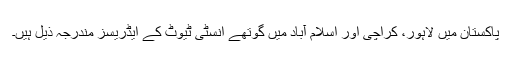
پاکستان میں لاہور، کراچی اور اسلام آباد میں گوتھے انسٹی ٹیوٹ کے ایڈریسز مندرجہ ذیل ہیں۔